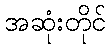
အဆုံးတိုင်